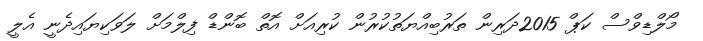
މޯލްޑިވްސް ކަޕް 2015ދަރިން ތަރުބިއްޔަތުކުރުން ކުރިއަށް އޮތް ބޮންޑް ފިލްމަށް ލަވަކިޔައިދެނީ އެލީ